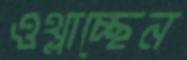
ওথ্‌লাচ্ছেন